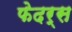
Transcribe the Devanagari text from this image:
फेदर्स